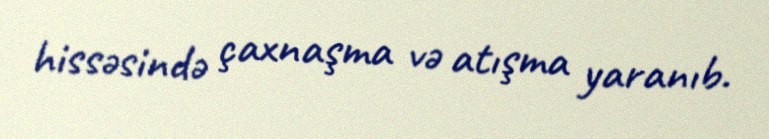
hissəsində çaxnaşma və atışma yaranıb.